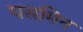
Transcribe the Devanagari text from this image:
यसमिन